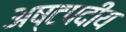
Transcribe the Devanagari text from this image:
अष्टपदीय